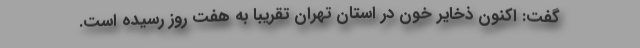
گفت: اکنون ذخایر خون در استان تهران تقریباً به هفت روز رسیده است.